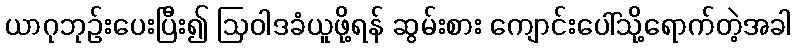
ယာဂုဘုဉ်းပေးပြီး၍ ဩဝါဒခံယူဖို့ရန် ဆွမ်းစား ကျောင်းပေါ်သို့ရောက်တဲ့အခါ